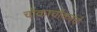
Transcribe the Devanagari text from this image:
चौकाचौकांचे